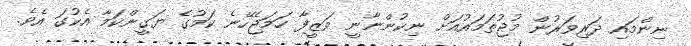
ނިންމައި ދަރިވަރުން މުޖުތަމައުއަށް ނިކުންނާނީ ވަޒީފާ ހަމަޖެހޭނެ ކަމުގެ ޔަގީންކަމާ އެކުގަ އެވެ.